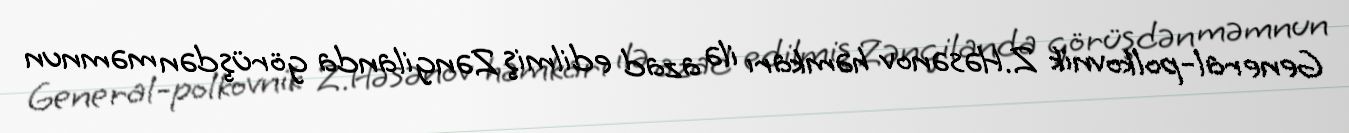
General-polkovnik Z.Həsənov həmkarı ilə azad edilmiş Zəngilanda görüşdən məmnun